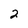
Character: 2